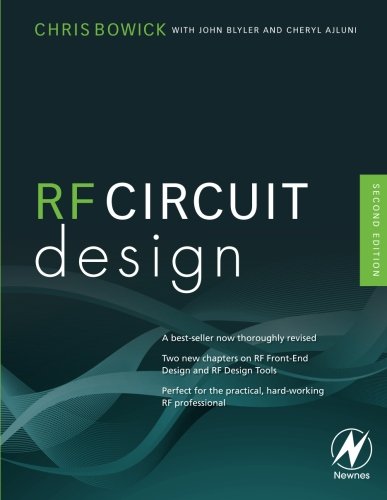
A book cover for RF Circuit Design, Second Edition; Christopher Bowick; Science & Math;